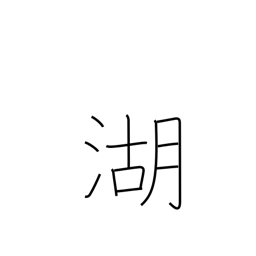
Meaning: lake